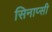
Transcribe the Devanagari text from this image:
सिनाप्सी